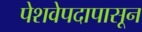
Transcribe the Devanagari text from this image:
पेशवेपदापासून